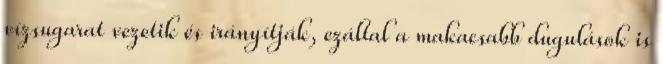
vízsugarat vezetik és irányítják, ezáltal a makacsabb dugulások is